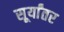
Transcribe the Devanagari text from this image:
सूर्यांतर